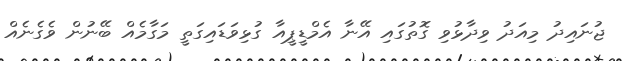
ޖުނައިދު މިއަދު ވިދާޅުވި ގޮތުގައި އޭނާ އެމްޑީޕީއާ ގުޅިވަޑައިގަތީ މަގާމެއް ބޭނުން ވެގެނެއް